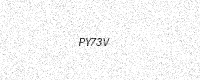
Text: PY73V